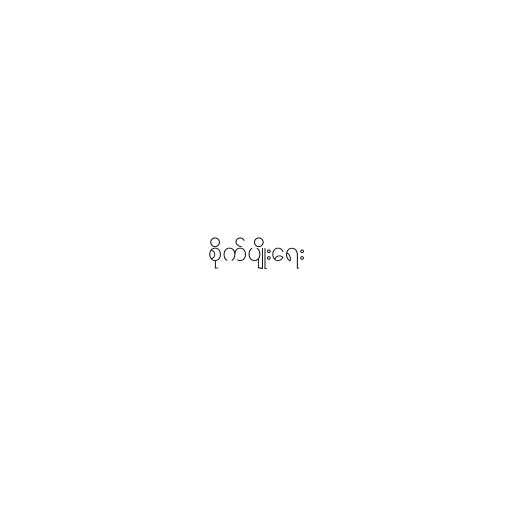
စိုက်ပျိုးရေး